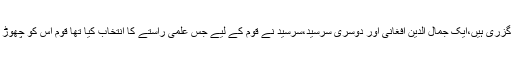
برصغیر کی دو بڑی شخصیات گزری ہیں،ایک جمال الدین افغانی اور دوسری سرسید،سرسید نے قوم کے لیے جس علمی راستے کا انتخاب کیا تھا قوم اس کو چھوڑ کر افغانی کے پیچھے چل پڑی۔